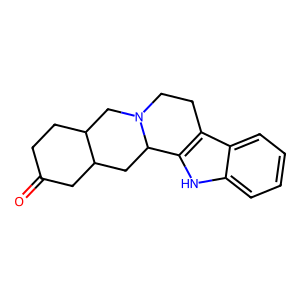
SMILES: O=C1CCC2CN3CCc4c([nH]c5ccccc45)C3CC2C1
Inhibits HIV replication: No